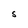
Character: S